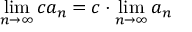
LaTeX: \operatorname* { l i m } _ { n \to \infty } c a _ { n } = c \cdot \operatorname* { l i m } _ { n \to \infty } a _ { n }